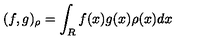
( f , g ) _ { \rho } = \int _ { R } f ( x ) g ( x ) \rho ( x ) d x